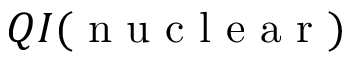
Q I ( \mathrm { ~ n ~ u ~ c ~ l ~ e ~ a ~ r ~ } )